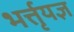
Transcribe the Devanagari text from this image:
भर्त्तृयज्ञ